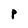
Character: P